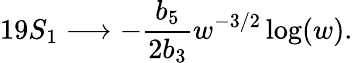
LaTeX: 19S_{1}\longrightarrow-\frac{b_{5}}{2b_{3}}w^{-3/2}\log(w).